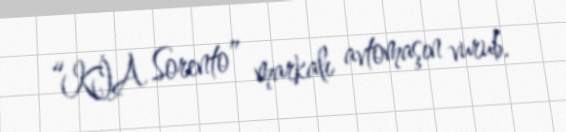
“KİA Sorento” markalı avtomaşın vurub.